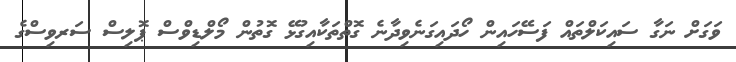
ވަގަށް ނަގާ ސައިކަލްތައް ފަސޭހައިން ހޯދައިގަނެވިދާނެ ގޮތްތަކާއިގުޅޭ ގޮތުން މޯލްޑިވްސް ޕޮލިސް ސަރވިސްގެ